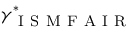
\gamma _ { \mathrm { ~ I ~ S ~ M ~ F ~ A ~ I ~ R ~ } } ^ { \ast }